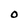
Character: O